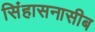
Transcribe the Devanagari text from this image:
सिंहासनासीब